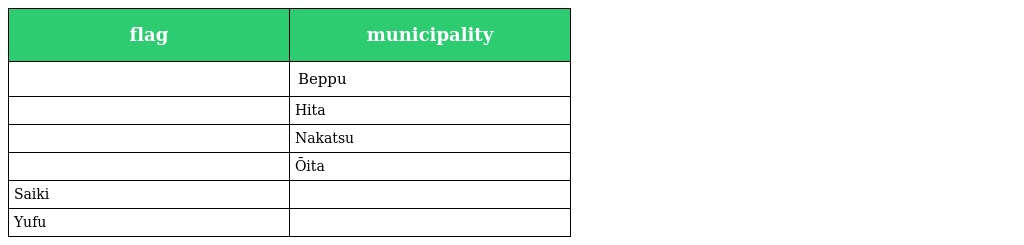
| flag | municipality |
 | --- | --- |
 |  | Beppu |
 |  | Hita |
 |  | Nakatsu |
 |  | Ōita |
 | Saiki |  |
 | Yufu |  |